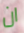
ان